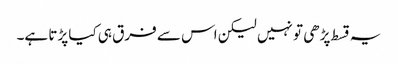
یہ قسط پڑھی تو نہیں لیکن اس سے فرق ہی کیا پڑتا ہے۔